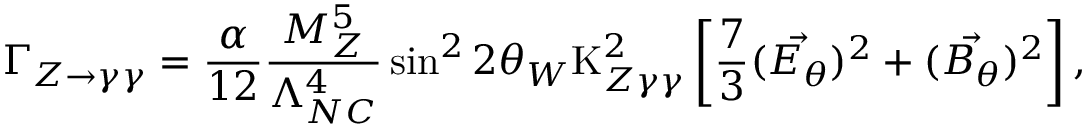
\Gamma _ { Z \rightarrow \gamma \gamma } = \frac { \alpha } { 1 2 } \frac { M _ { Z } ^ { 5 } } { \Lambda _ { N C } ^ { 4 } } \sin ^ { 2 } 2 \theta _ { W } \mathrm { K } _ { Z \gamma \gamma } ^ { 2 } \left[ \frac { 7 } { 3 } ( { \vec { E _ { \theta } } } ) ^ { 2 } + ( { \vec { B _ { \theta } } } ) ^ { 2 } \right] ,